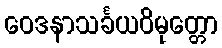
ဝေဒနာသင်္ခယဝိမုတ္တော